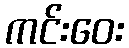
ကင်းဝေး